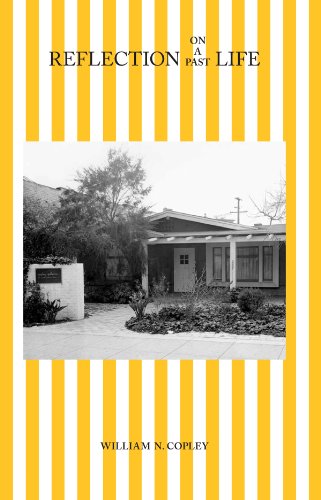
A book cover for William N. Copley: Reflection on a Past Life; Arts & Photography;